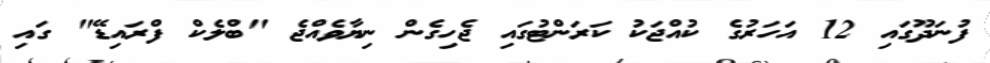
ފުނަދޫގައި 12 އަހަރުގެ ކުއްޖަކު ކަރަންޓުގައި ޖެހިގެން ނިޔާވެއްޖެ "ބްލެކް ފްރައިޑޭ" ގައި